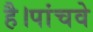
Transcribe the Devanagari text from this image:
है।पांचवे